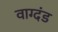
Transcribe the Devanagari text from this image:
वाग्दंड